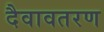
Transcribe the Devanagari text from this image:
दैवावतरण